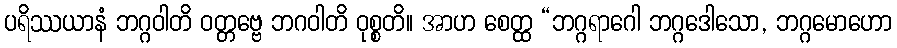
ပရိဿယာနံ ဘဂ္ဂဝါတိ ဝတ္တဗ္ဗေ ဘဂဝါတိ ဝုစ္စတိ။ အာဟ စေတ္ထ “ဘဂ္ဂရာဂေါ ဘဂ္ဂဒေါသော, ဘဂ္ဂမောဟော